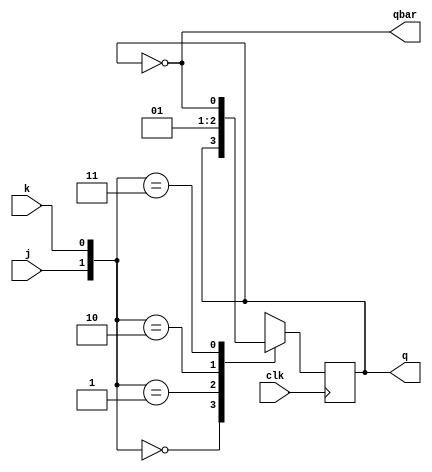
`timescale 1ns / 1ps
//////////////////////////////////////////////////////////////////////////////////
// Company: 
// Engineer: 
// 
// Design Name: 
// Module Name: async_up_down
// Project Name: 
// Target Devices: 
// Tool Versions: 
// Description: 
// 
// Dependencies: 
// 
// Revision:
// Revision 0.01 - File Created
// Additional Comments:
// 
//////////////////////////////////////////////////////////////////////////////////
module jk_ff(input clk,j,k,output reg q=0,output qbar);
assign qbar=~q;
always@(posedge clk)
begin
case({j,k})
2'b00:q<=q;
2'b01:q<=0;
2'b10:q<=1;
2'b11:q<=~q;
endcase
end
endmodule
module async_up_down(input clk,m,j1,k1,j2,k2,j3,k3,
    output q1,q2,q3,q1bar,q2bar,q3bar);
    
 wire x1,x2,x3,x4,x5,x6,x7;
 assign x1=q1&(~m);
 assign x2=~q1&m;
 assign x3=x1|x2;
 assign x4=q2&~m;
 assign x5=~q2&m;
 assign x6=x4|x5;
 jk_ff JKFF1(clk,j1,k1,q1,q1bar);
 jk_ff JKFF2(x3,j2,k2,q2,q2bar);
 jk_ff JKFF3(x6,j3,k3,q3,q3bar);
   
    
    
endmodule